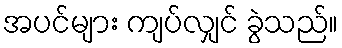
အပင်များ ကျပ်လျှင် ခွဲသည်။